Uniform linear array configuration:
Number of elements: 4
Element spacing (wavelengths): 1
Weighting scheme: uniform
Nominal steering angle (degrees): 60
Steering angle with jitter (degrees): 61.068
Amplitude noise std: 0.05
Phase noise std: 0.05

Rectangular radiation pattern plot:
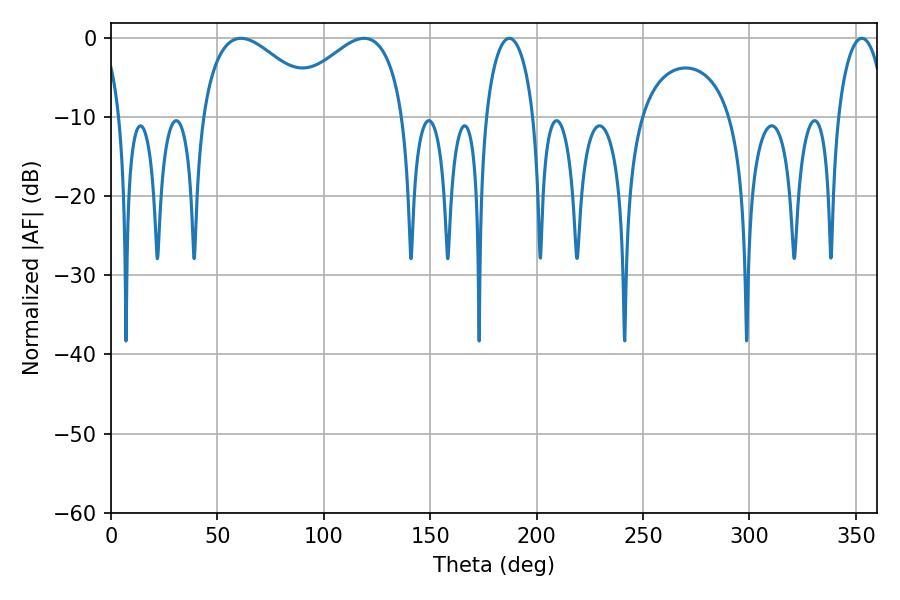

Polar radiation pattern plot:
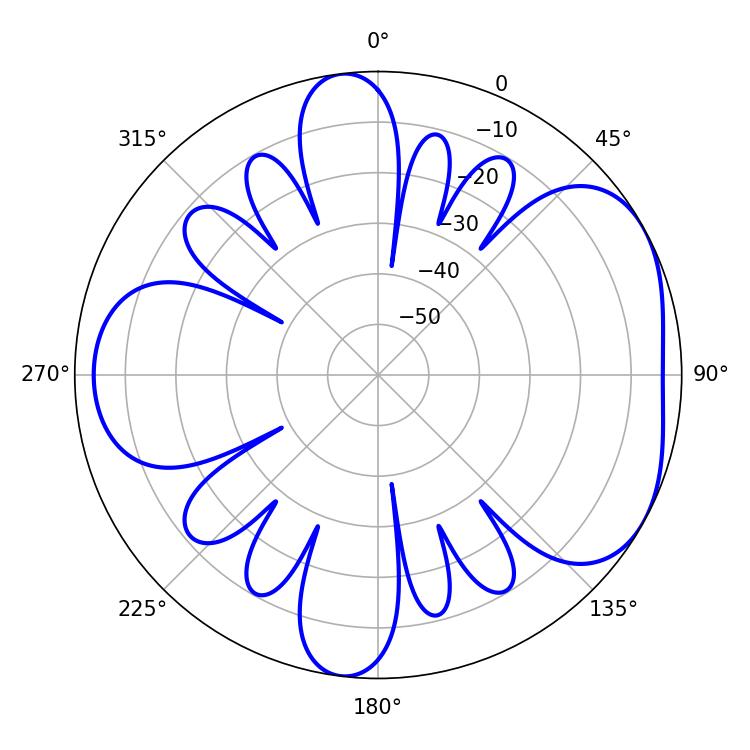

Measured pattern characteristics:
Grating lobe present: TRUE
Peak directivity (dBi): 4.78
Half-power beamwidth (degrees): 31.14
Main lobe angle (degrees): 61.02